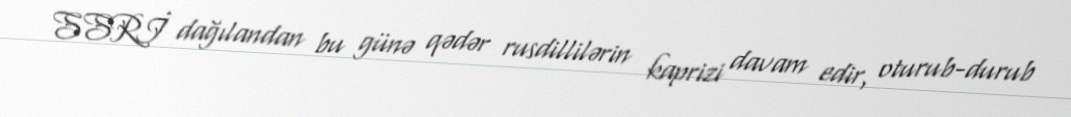
SSRİ dağılandan bu günə qədər rusdillilərin kaprizi davam edir, oturub-durub